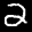
Label: 2